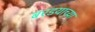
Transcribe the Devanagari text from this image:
बरडयाच्या